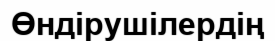
Өндірушілердің